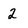
Character: 2